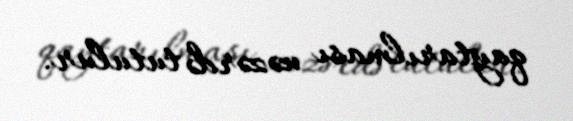
qaytarılması nəzərdə tutulur.